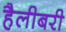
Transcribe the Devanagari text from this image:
हैलीबरी